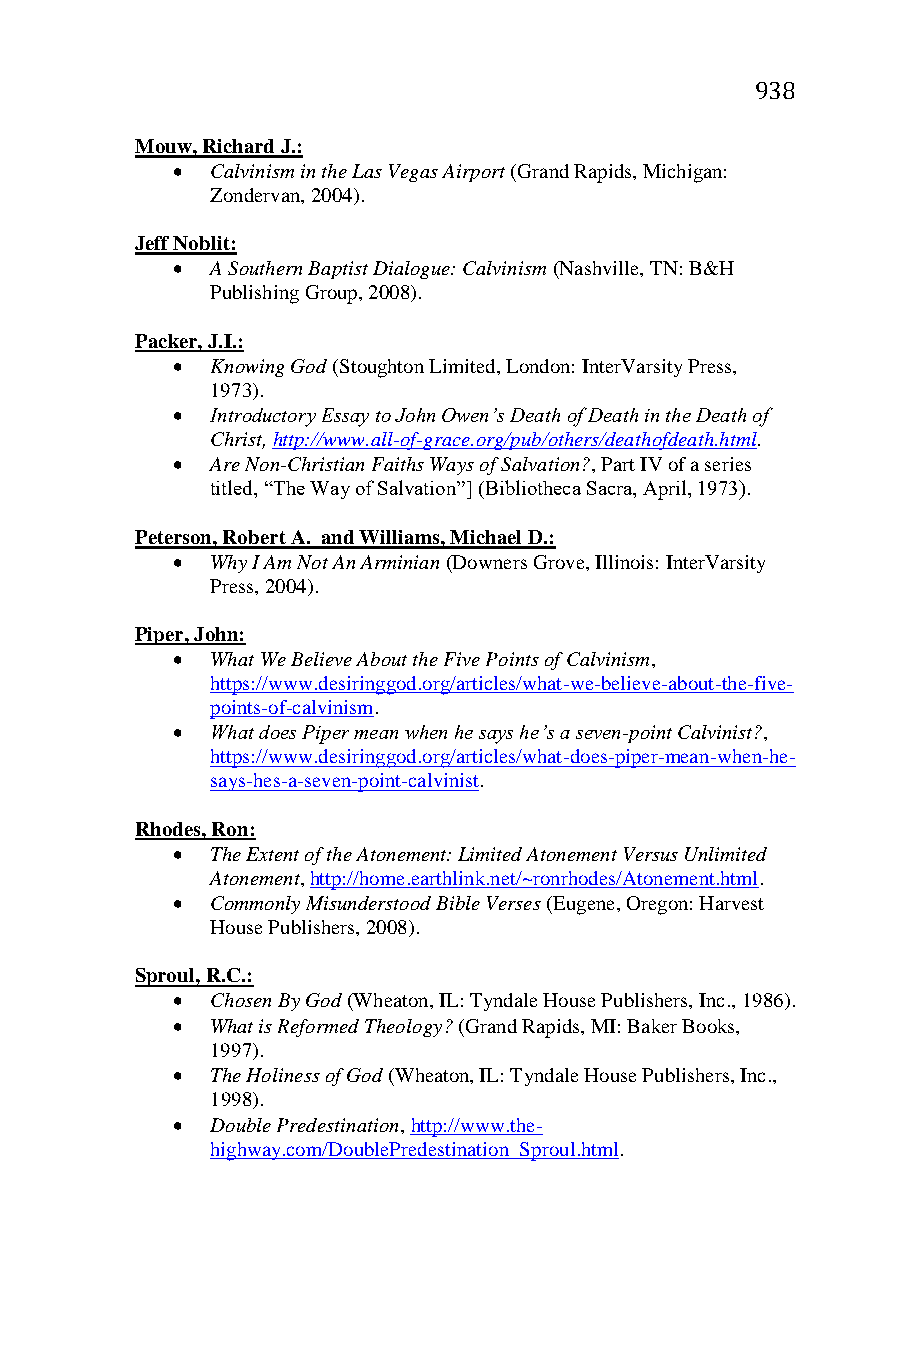
938
 Mouw, Richard J.:
   Calvinism in the Las Vegas Airport (Grand Rapids, Michigan:
 Zondervan, 2004).
 Jeff Noblit:
   A Southern Baptist Dialogue: Calvinism (Nashville, TN: B&H
 Publishing Group, 2008).
 Packer, J.I.:
   Knowing God (Stoughton Limited, London: InterVarsity Press,
 1973).
   Introductory Essay to John Owen’s Death of Death in the Death of
 Christ, http://www.all-of-grace.org/pub/others/deathofdeath.html.
   Are Non-Christian Faiths Ways of Salvation?, Part IV of a series
 titled, “The Way of Salvation”] (Bibliotheca Sacra, April, 1973).
 Peterson, Robert A. and Williams, Michael D.:
   Why I Am Not An Arminian (Downers Grove, Illinois: InterVarsity
 Press, 2004).
 Piper, John:
   What We Believe About the Five Points of Calvinism,
 https://www.desiringgod.org/articles/what-we-believe-about-the-five-
 points-of-calvinism.
   What does Piper mean when he says he’s a seven-point Calvinist?,
 https://www.desiringgod.org/articles/what-does-piper-mean-when-he-
 says-hes-a-seven-point-calvinist.
 Rhodes, Ron:
   The Extent of the Atonement: Limited Atonement Versus Unlimited
 Atonement, http://home.earthlink.net/~ronrhodes/Atonement.html.
   Commonly Misunderstood Bible Verses (Eugene, Oregon: Harvest
 House Publishers, 2008).
 Sproul, R.C.:
   Chosen By God (Wheaton, IL: Tyndale House Publishers, Inc., 1986).
   What is Reformed Theology? (Grand Rapids, MI: Baker Books,
 1997).
   The Holiness of God (Wheaton, IL: Tyndale House Publishers, Inc.,
 1998).
   Double Predestination, http://www.the-
 highway.com/DoublePredestination_Sproul.html.